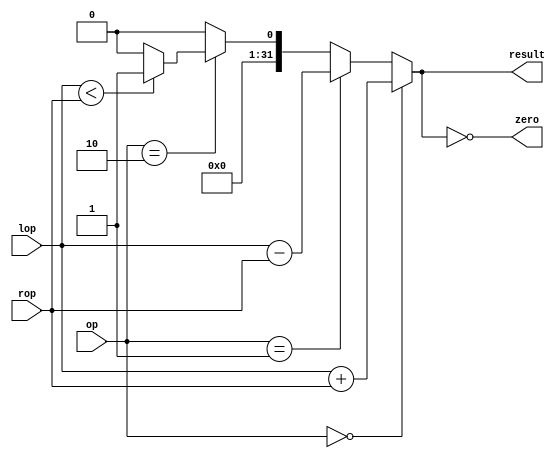
`timescale 1ns/1ns

module ALU (lop, rop, op, result, zero);
    input [1:0] op;
    input [31:0] lop, rop;
    output zero;
    output [31:0] result;

    parameter Add = 2'b00, Sub = 2'b01, Slt = 2'b10;

    assign result = op == Add ? lop + rop :
                    op == Sub ? lop - rop :
                    op == Slt ? lop < rop ? 32'b1 : 32'b0 
                    :32'b0;

    assign zero = result == 32'b0;
endmodule